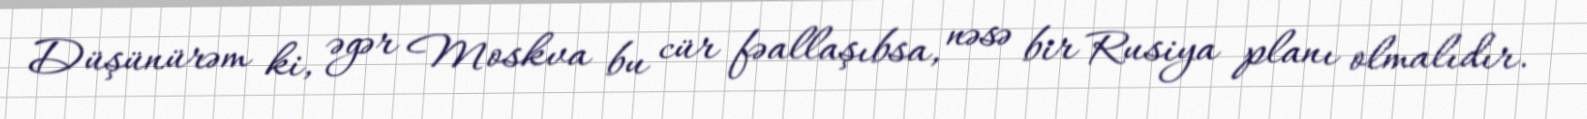
Düşünürəm ki, əgər Moskva bu cür fəallaşıbsa, nəsə bir Rusiya planı olmalıdır.